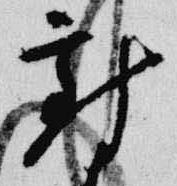
対